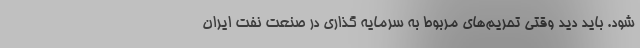
شود. باید دید وقتی تحریم‌های مربوط به سرمایه گذاری در صنعت نفت ایران